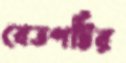
বেতপট্টির